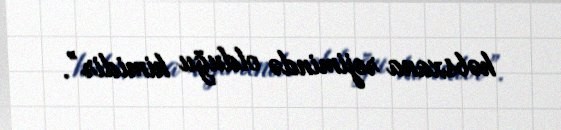
həbsxana rejimində olduğu kimidir”.